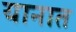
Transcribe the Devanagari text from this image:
यानात